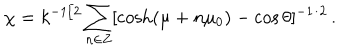
LaTeX: \chi = k ^ { - 1 / 2 } \sum _ { n \in Z } [ \cosh ( \mu + n \mu _ { 0 } ) - \cos \theta ] ^ { - 1 / 2 } \, .